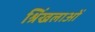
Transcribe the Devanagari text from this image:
श्रिंखलाओं